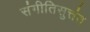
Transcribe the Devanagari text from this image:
संगीतिसुत्तंत